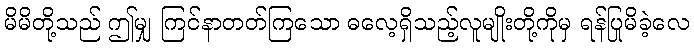
မိမိတို့သည် ဤမျှ ကြင်နာတတ်ကြသော ဓလေ့ရှိသည့်လူမျိုးတို့ကိုမှ ရန်ပြုမိခဲ့လေ